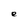
Character: e